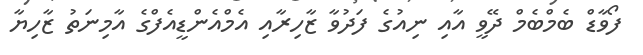
ފޯވާޑް ބެމްބެމް ދޭވީ އާއި ނިއުގެ ފަދުވާ ޒާހިރާއި އެމްއެންޑީއެފްގެ އާމިނަތު ޒާހިޔާ